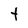
Character: t